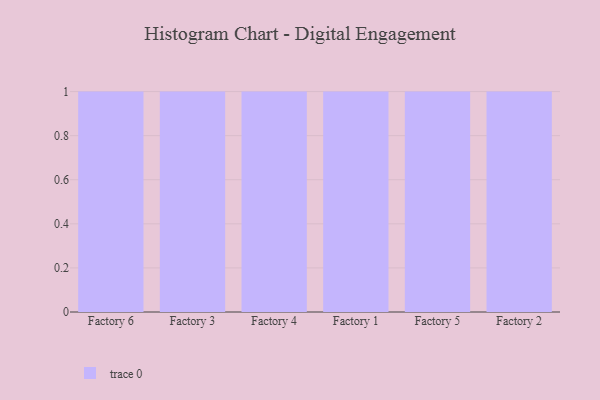
{"axis": {"x": "Factory", "y": "Revenue (USD Million)"}, "legend": [""], "data": [{"x": "Factory 6", "y": 13, "type": ""}, {"x": "Factory 3", "y": 51, "type": ""}, {"x": "Factory 4", "y": 68, "type": ""}, {"x": "Factory 1", "y": 64, "type": ""}, {"x": "Factory 5", "y": 93, "type": ""}, {"x": "Factory 2", "y": 22, "type": ""}]}